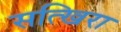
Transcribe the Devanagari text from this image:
सत्खिरा